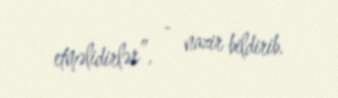
etməlidirlər”, - nazir bildirib.